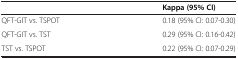
|  | Kappa (95% CI) |
 | --- | --- |
 | QFT-GIT vs. TSPOT | 0.18 (95% CI: 0.07-0.30) |
 | QFT-GIT vs. TST | 0.29 (95% CI: 0.16-0.42) |
 | TST vs. TSPOT | 0.22 (95% CI: 0.07-0.29) |